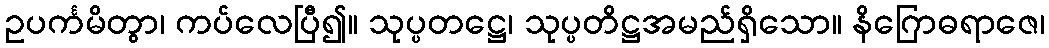
ဥပင်္ကမိတွာ၊ ကပ်လေပြီ၍။ သုပ္ပတဋ္ဌေ၊ သုပ္ပတိဋ္ဌအမည်ရှိသော။ နိဂြောဓရာဇေ၊